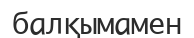
балқымамен